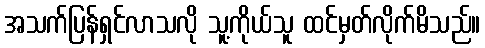
အသက်ပြန်ရှင်လာသလို သူ့ကိုယ်သူ ထင်မှတ်လိုက်မိသည်။